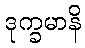
ဒုက္ခမာနိ